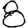
Digit: 8